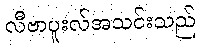
လီဗာပူးလ်အသင်းသည်